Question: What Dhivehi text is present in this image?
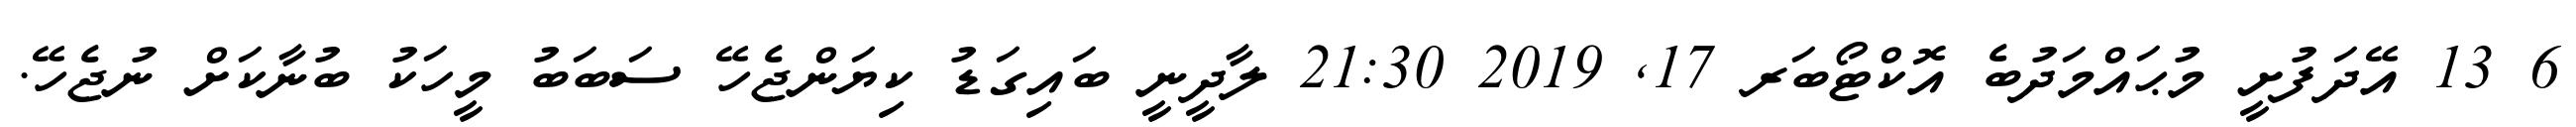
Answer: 6 13 އޭދަފުށީ މުޙައްމަދުބެ އޮކްޓޯބަރ 17, 2019 21:30 ލާދީނީ ބައިގަޑު ކިޔަންޖެހޭ ސަބަބު މީހަކު ބުނާކަށް ނުޖެހޭ.